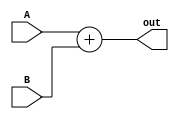
module adder2(A, B, out);
	input signed [63:0] A;
	input signed [63:0] B;
	output signed [63:0] out;

	assign out = A + B;
    
endmodule